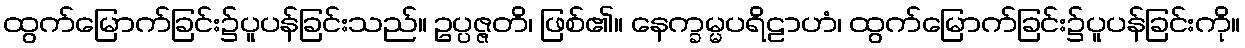
ထွက်မြောက်ခြင်း၌ပူပန်ခြင်းသည်။ ဥပ္ပဇ္ဇတိ၊ ဖြစ်၏။ နေက္ခမ္မပရိဠာဟံ၊ ထွက်မြောက်ခြင်း၌ပူပန်ခြင်းကို။